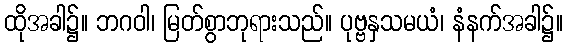
ထိုအခါ၌။ ဘဂဝါ၊ မြတ်စွာဘုရားသည်။ ပုဗ္ဗနှသမယံ၊ နံနက်အခါ၌။